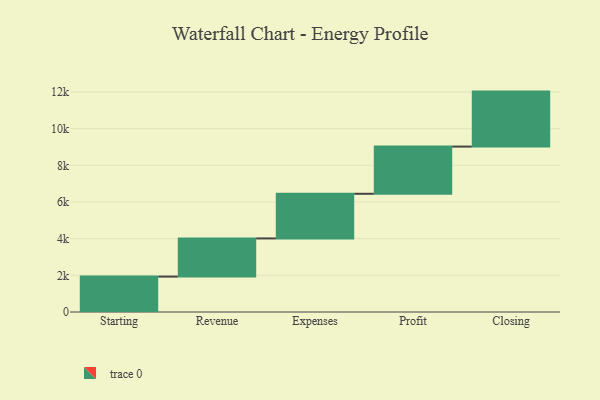
{"axis": {"x": "Step", "y": "Value"}, "legend": [""], "data": [{"x": "Starting", "y": 1932.0, "type": ""}, {"x": "Revenue", "y": 2082.0, "type": ""}, {"x": "Expenses", "y": 2436.0, "type": ""}, {"x": "Profit", "y": 2575.0, "type": ""}, {"x": "Closing", "y": 3000, "type": ""}]}